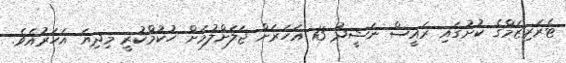
ޓެރަރިޒަމްގެ ކުށުގައި ރައީސް ނަޝީދު 13 އަހަރަށް ޖަލަށްލުމަށް ހުކުމްކުރީ މިދިޔަ އަހަރުއެވެ.